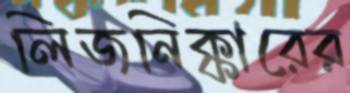
লিজনিক্কারের